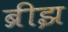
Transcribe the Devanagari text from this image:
ब्रीझ